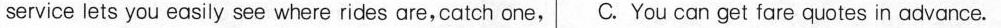
service lets you easily see where rides are,catch one,C. You can get fare quotes in advance.